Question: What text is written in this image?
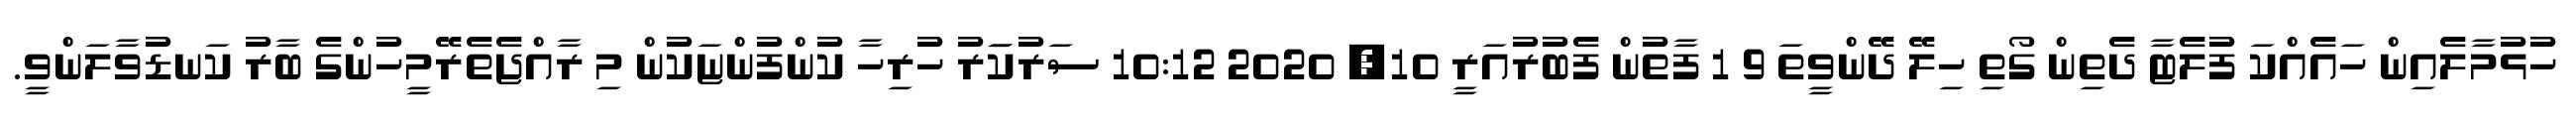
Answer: ހުޅުމާލެއިން ހައެއްކަ ފުލެޓާ ދެތިން ގޯތި ހިލޭ ދޭންވީތަ 9 1 ފާތުން ފެބުރުއަރީ 10, 2020 10:12 ސަރުކަަރު ހުރިހާ ކުންފުންޏަކުން މި ރާއްޖެތެރޭމީހުންގެ ބާރު ކަނޑުވާލަންވީ.